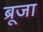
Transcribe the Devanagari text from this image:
ब्रूजा